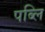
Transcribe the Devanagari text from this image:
पब्लि